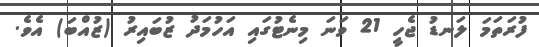
ފުރަތަމަ ލަނޑު ޖެހީ 21 ވަނަ މިނެޓުގައި އަހުމަދު ޒުބައިރު (ޒުއްބަ) އެވެ.